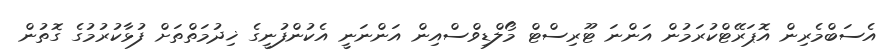
އެސަބްމެރިން އޮޕަރޭޓްކުރަމުން އަންނަ ޓޫރިސްޓް މޯލްޑިވްސްއިން އަންނަނީ އެކުންފުނީގެ ޚިދުމަތްތަށް ފުޅާކުރުމުގެ ގޮތުން